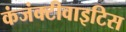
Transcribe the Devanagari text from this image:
कंजंक्टीवाइटिस